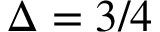
\Delta = 3 / 4